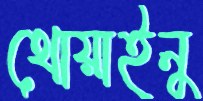
থোয়াইনু